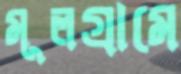
মূলগ্রামে